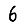
Digit: 6